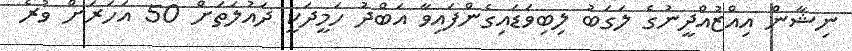
ނިޝާން އިއްޒުއްދީނުގެ ލަގަބު ލިބިވަޑައިގެންފައިވާ އަބްދު ހަމީދަކީ ދައުލަތަށް 50 އަހަރަށް ވުރެ